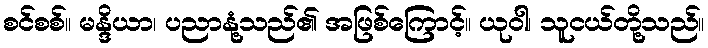
စင်စစ်။ မန္ဒိယာ၊ ပညာနုံ့သည်၏ အဖြစ်ကြောင့်။ ယုဝါ၊ သူငယ်တို့သည်။